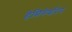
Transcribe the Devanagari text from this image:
हेमिनेवरिन